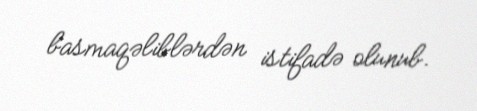
basmaqəliblərdən istifadə olunub.